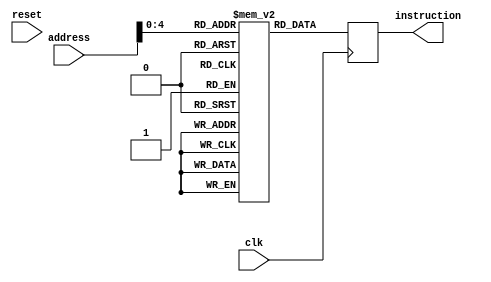
module instruction_memory (clk, reset, address, instruction);

	input wire [15:0] address;
   input wire reset, clk;
	output reg [15:0] instruction;

	reg [15:0] memory [0:31];

	initial begin
	/*
		 //Set these values to 0 once this module has proven to work
			memory[0]  <= 32'b11100001010000010001000000000000; //AL CMP R1, R0 || R0 shift 0
			
			memory[1]  <= 32'b00001011000000000000000001000000; //BLEQ 0x64 ||condition not met
			memory[2]  <= 32'b00011010000000000000000000000010; //BNE 0x1 10
			memory[3]  <= 32'b11100011101001000011000000001000; //AL MOV R3, #8  ||instruction should do nothing
			memory[4]  <= 32'b11100011101001000011000000001010; //AL MOV R3, #10 || instruction should do nothing
			memory[5]  <= 32'b0;
			memory[6]  <= 32'b0;
			memory[7]  <= 32'b0;
			memory[8]  <= 32'b0;
			memory[9]  <= 32'b0;
			memory[10] <= 32'b11100001101001000011000000000100; //AL MOV R3, R4  || R4 shift 0 -> R3 = 4;
			memory[11] <= 32'b11100001111001010101000000000100; //AL MVN R5, R3  || R5 should equal ~(32'b4) -> R4 = ~R3
			memory[12] <= 32'b11100010100001100110000000000111; //AL ADD R6, R6 #7 || -> R6 = 6 + 7;
			memory[13] <= 32'b11100010010001110111000000001000; //AL SUB R7, R7 #8 || -> R7 = 7 + 8;
			memory[14] <= 32'b11100001000110110100000000001100; //AL TST R13, R12 | R13 && R12
			memory[15] <= 32'b11100000100010001001000000001011; //AL ADD R9, R8, R11 || -> R1 = 8 + 11;
			memory[16] <= 32'b00000001010000011010000000000000; //Condition fails
			memory[17] <= 32'b11100001000000010001000000000000; //TST R1, R1, R0
			memory[18] <= 32'b11100001001000010001000000000000; //TEQ R1, R1, R0
			memory[19] <= 32'b11100000100000010001000000000000; //ADD R1, R1, R0
			memory[24] <= 32'b11101010000000000000000000000001; //B #4
			memory[21] <= 32'b11100101010100000001000000000001; // Load I U False P B W true R0 R1 Offset
			memory[22] <= 32'b11100101010000000001000000000001; // Store I U False P B W true R0 R1 Offset
			memory[23] <= 32'b11100101011100000001000000000001; // Load I w U False P B true R0 R1 Offset
			memory[20]  <= 32'b0;
			memory[25]  <= 32'b0;
			memory[26]  <= 32'b0;
			memory[27]  <= 32'b0;
			memory[28]  <= 32'b0;
			memory[29]  <= 32'b0;
			memory[30]  <= 32'b0;
			memory[31]  <= 32'b0;
		*/
		end
	
	always @(posedge clk) begin
		instruction <= memory[address];
	end


endmodule